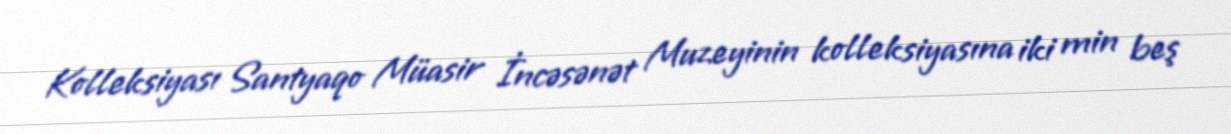
Kolleksiyası Santyaqo Müasir İncəsənət Muzeyinin kolleksiyasına iki min beş